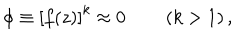
LaTeX: \phi \equiv \left[ f ( z ) \right] ^ { k } \approx 0 \qquad \left( k > 1 \right) ,